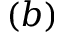
( b )